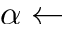
\alpha \leftarrow